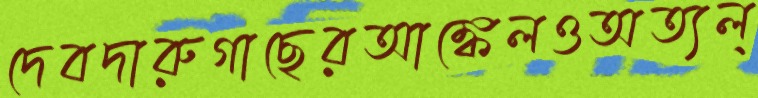
দেবদারুগাছেরআঙ্কেলওঅত্যল্